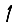
Digit: 1